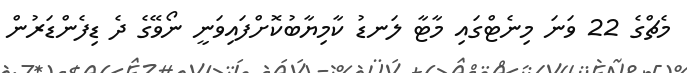
މެޗްގެ 22 ވަނަ މިނެޓްގައި މާޓާ ލަނޑު ކާމިޔާބުކޮށްފައިވަނީ ނޯވޭގެ ދެ ޑިފެންޑަރުން